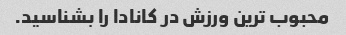
محبوب ترین ورزش در کانادا را بشناسید.